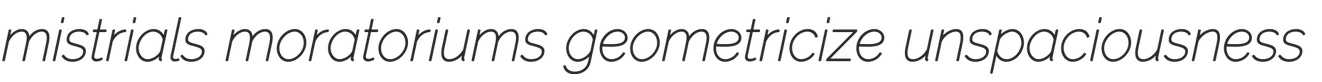
mistrials moratoriums geometricize unspaciousness